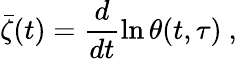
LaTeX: \bar{\zeta}(t)=\frac{d}{dt}\ln\theta(t,\tau)\ ,